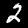
Label: 2